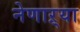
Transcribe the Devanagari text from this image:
नेणाऱ्या